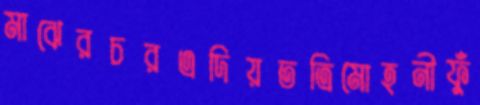
মাঝেরচরএদিয়তত্রিমোহনীফুঁ